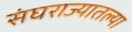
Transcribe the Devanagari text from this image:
संघराज्यातल्या